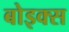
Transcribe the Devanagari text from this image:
बोइक्स